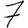
Digit: 7